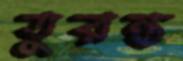
তুরন্ত